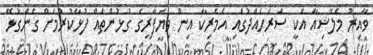
ވާއިރު މެލޭޝިއާ އަކީ ސަރަހައްދުގައި އެމެރިކާ އިން ވިޔަފާރީގެ ގުޅުންތައް ފުޅާކުރުމަށް ގެންގުޅޭ